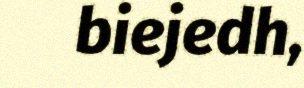
biejedh,